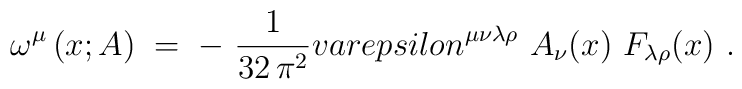
\omega^\mu \left( x;A\right) \;=\; -~\frac{1}{32\,\pi^2} \\varepsilon^{\mu\nu\lambda\rho}~A_\nu (x)~F_{\lambda\rho} (x)~.